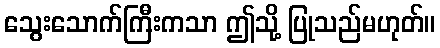
သွေးသောက်ကြီးကသာ ဤသို့ ပြုသည်မဟုတ်။